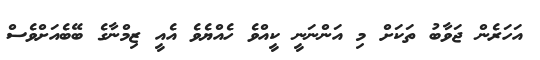
އަހަރެން ޖަވާބު ތަކަށް މި އަންނަނީ ކީއްވެ ހެއްޔެވެ އެއީ ޒިމްނާގެ ބޭބެއަށްވެސް